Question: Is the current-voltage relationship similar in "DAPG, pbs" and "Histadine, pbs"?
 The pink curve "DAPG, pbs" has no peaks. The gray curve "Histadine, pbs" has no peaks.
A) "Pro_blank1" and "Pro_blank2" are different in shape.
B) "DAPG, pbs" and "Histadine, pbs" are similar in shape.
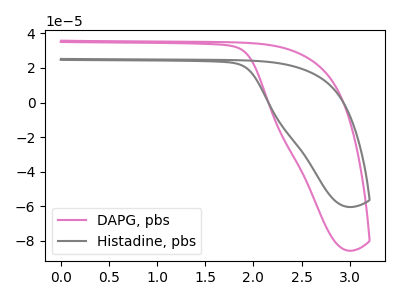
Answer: <think>Neither "DAPG, pbs" or "Histadine, pbs" have any peaks.
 </think>
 <answer>B) "DAPG, pbs" and "Histadine, pbs" are similar in shape.</answer>
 <eval>B</eval>